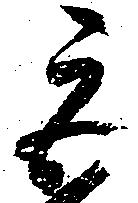
巨